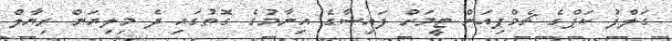
ގަލްފު ކަޕްގެ ޗެމްޕިއަން ޓީމަށް ފައިސާގެ އިނާމުގެ ގޮތުގައި ދެ މިލިޔަން ރިޔާލް